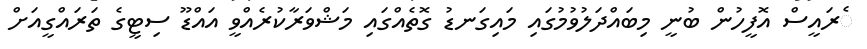
ެރައީސް އޮފީހުން ބުނީ މިބައްދަލުވުމުގައި މައިގަނޑު ގޮތެއްގައި މަޝްވަރާކުރެއްވީ އައްޑޫ ސިޓީގެ ތަރައްގީއަށް